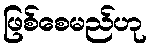
ဖြစ်စေမည်ဟု